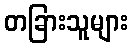
တခြားသူများ